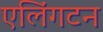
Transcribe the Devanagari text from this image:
एलिंगटन